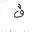
Letter: _qaf